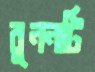
বুননটি